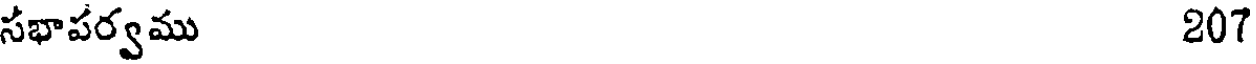
సభాపర్వము 207